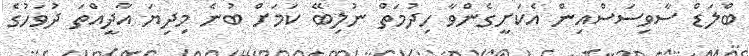
ބްލަޑް ސާވިސަސްއިން އެކަށީގެންވާ ހިދުމަތް ނުލިބޭ ކަމަށް ބުނެ މިދިޔަ އާދީއްތަ ދުވަހުގެ